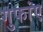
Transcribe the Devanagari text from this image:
गुफांए